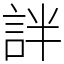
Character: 詊